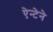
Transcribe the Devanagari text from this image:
ऐन्टेने